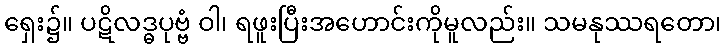
ရှေး၌။ ပဋိလဒ္ဓပုဗ္ဗံ ဝါ၊ ရဖူးပြီးအဟောင်းကိုမူလည်း။ သမနုဿရတော၊